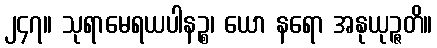
၂၄၇။ သုရာမေရယပါနဉ္စ၊ ယော နရော အနုယုဉ္ဇတိ။